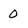
Character: 0